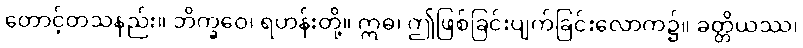
တောင့်တသနည်း။ ဘိက္ခဝေ၊ ရဟန်းတို့။ ဣဓ၊ ဤဖြစ်ခြင်းပျက်ခြင်းလောက၌။ ခတ္တိယဿ၊